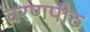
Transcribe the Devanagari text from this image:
चरणपीठ